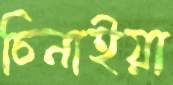
চিনাইয়া